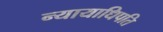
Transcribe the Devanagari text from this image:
न्यायाधिपति